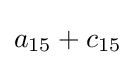
a_{15}+c_{15}